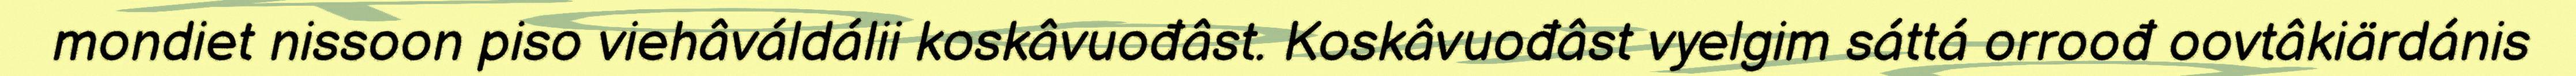
mondiet nissoon piso viehâváldálii koskâvuođâst. Koskâvuođâst vyelgim sáttá orroođ oovtâkiärdánis